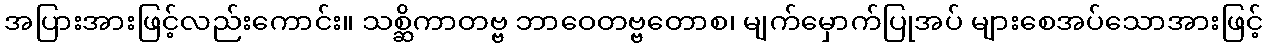
အပြားအားဖြင့်လည်းကောင်း။ သစ္ဆိကာတဗ္ဗ ဘာဝေတဗ္ဗတောစ၊ မျက်မှောက်ပြုအပ် များစေအပ်သောအားဖြင့်